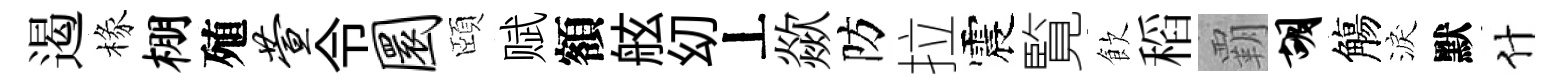
遏椽棚殖萱令圜頤赋額舷㓜丄歘防拉震覧飲稻覇胡觴淚默什